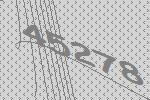
45278